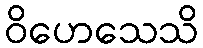
ဝိဟေသေသိ